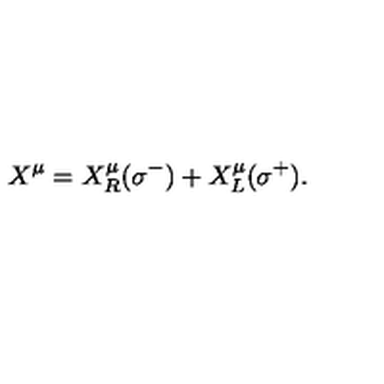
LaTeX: X ^ { \mu } = X _ { R } ^ { \mu } ( \sigma ^ { - } ) + X _ { L } ^ { \mu } ( \sigma ^ { + } ) .